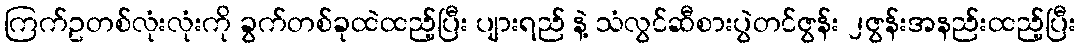
ကြက်ဥတစ်လုံးလုံးကို ခွက်တစ်ခုထဲထည့်ပြီး ပျားရည် နဲ့ သံလွင်ဆီစားပွဲတင်ဇွန်း ၂ဇွန်းအနည်းထည့်ပြီး